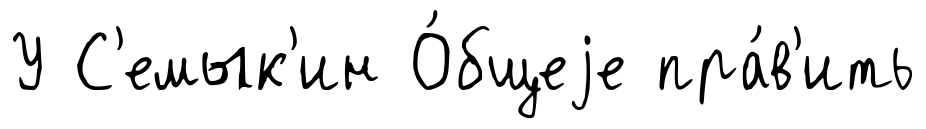
У С'емык'ин О́бщеjе пра́в'ить